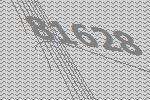
81628